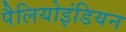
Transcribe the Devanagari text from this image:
पैलियोइंडियन